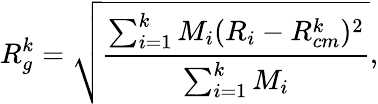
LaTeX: R_{g}^{k}=\sqrt{\frac{\sum_{i=1}^{k}M_{i}(R_{i}-R_{cm}^{k})^{2}}{\sum_{i=1}^{k}M_{i}}},